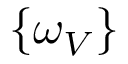
\{ \omega _ { V } \}